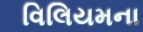
વિલિયમના